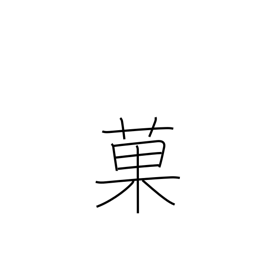
Meaning: cakes